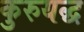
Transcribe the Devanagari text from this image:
कुरुयद्ध